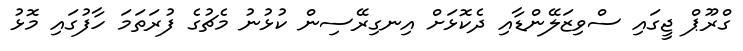
ގްރޫޕް ޖީގައި ސްވިޒަލޭންޑާއި ދެކޮޅަށް އިނގިރޭސިން ކުޅުނު މެޗުގެ ފުރަތަމަ ހާފުގައި މޮޅު